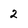
Character: 2